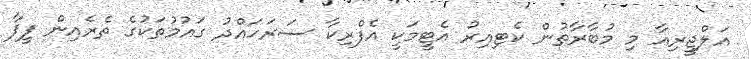
އަލްޖީރިއާ މި މުބާރާތުން ކެޓިއިރު އެޓީމަކީ އެފްރިކާ ސަރަހައްދު ގައުމުތަކުގެ ތެރެއިން ފީފާ